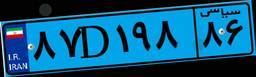
۸۷D۱۹۸۸۶